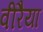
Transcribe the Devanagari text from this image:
वीरैया